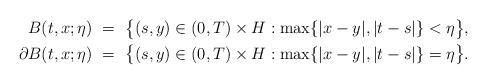
LaTeX: \begin{align*}B(t,x; \eta) \ &= \ \big\{(s,y) \in (0,T) \times H: \max \{|x-y|, |t-s|\}< \eta\big\}, \\\partial B(t,x; \eta) \ &= \ \big\{(s,y) \in (0,T) \times H: \max \{|x-y|, |t-s|\}= \eta\big\}.\end{align*}